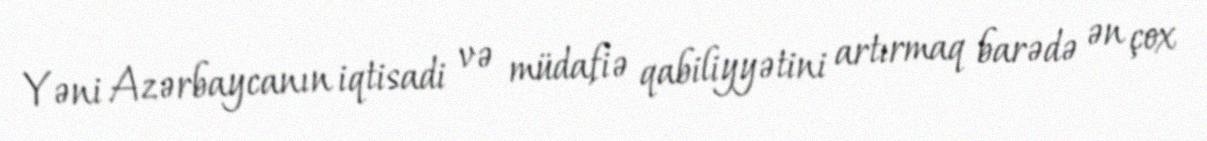
Yəni Azərbaycanın iqtisadi və müdafiə qabiliyyətini artırmaq barədə ən çox